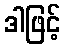
ဒါဖြင့်